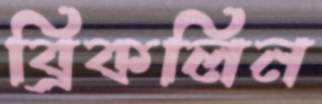
ব্রিকলিন